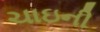
ચાઇની